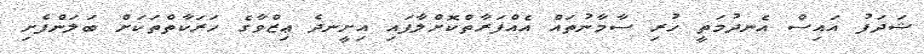
ޝަދަފު އައިސް އެނދުމަތީ ހުރި ސާމާނުތައް އެއްފަރާތްކޮށްލާފައި އިށީނދެ ޢިޒްވާގެ ހަރަކާތްތަކަށް ބަލަންފެށި